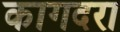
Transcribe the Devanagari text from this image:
कागदरा